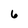
Character: 6